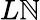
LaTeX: L\mathbb{N}